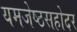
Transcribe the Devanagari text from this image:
यमजेष्ठसहोदर